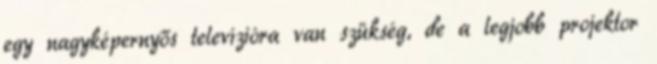
egy nagyképernyős televízióra van szükség, de a legjobb projektor